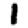
Digit: 1